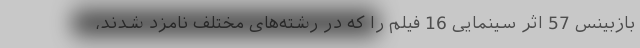
بازبینس 57 اثر سینمایی 16 فیلم را که در رشته‌های مختلف نامزد شدند،